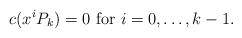
LaTeX: \begin{align*}c(x^iP_{k})=0 \mbox{ for } i=0,\dots,k-1.\end{align*}